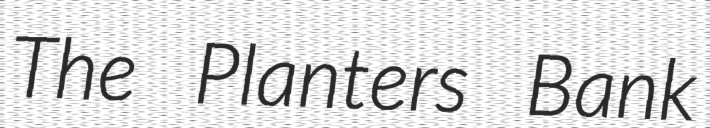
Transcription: The Planters Bank